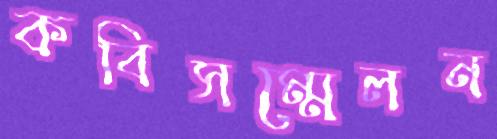
কবিসম্মেলন